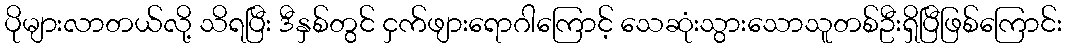
ပိုများလာတယ်လို့ သိရပြီး ဒီနှစ်တွင် ငှက်ဖျားရောဂါကြောင့် သေဆုံးသွားသောသူတစ်ဦးရှိပြီဖြစ်ကြောင်း